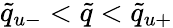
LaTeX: \tilde{q}_{u-}<\tilde{q}<\tilde{q}_{u+}